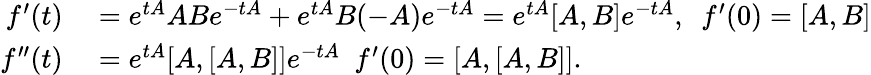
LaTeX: \begin{array}{rl}{f^{\prime}(t)}&{{}=e^{tA}ABe^{-tA}+e^{tA}B(-A)e^{-tA}=e^{tA}[A,B]e^{-tA},~~f^{\prime}(0)=[A,B]}\\ {f^{\prime\prime}(t)}&{{}=e^{tA}[A,[A,B]]e^{-tA}~~f^{\prime}(0)=[A,[A,B]].}\end{array}